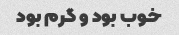
خوب بود و گرم بود